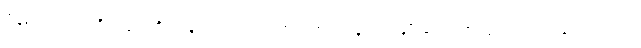
မိနစ် ၂၀ကြာတိုင်းမှာ ထိုင်နေရာက ထလို့ အကြောလျှော့တာမျိုးတွေ၊ အထူးသဖြင့် နောက်ကျော၊